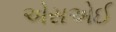
એસએઈ